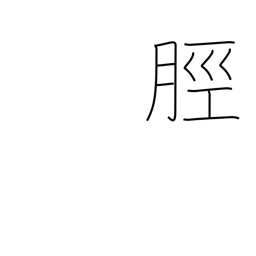
Meaning: leg